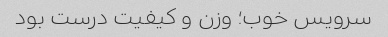
سرویس خوب؛ وزن و کیفیت درست بود